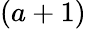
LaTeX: (a+1)